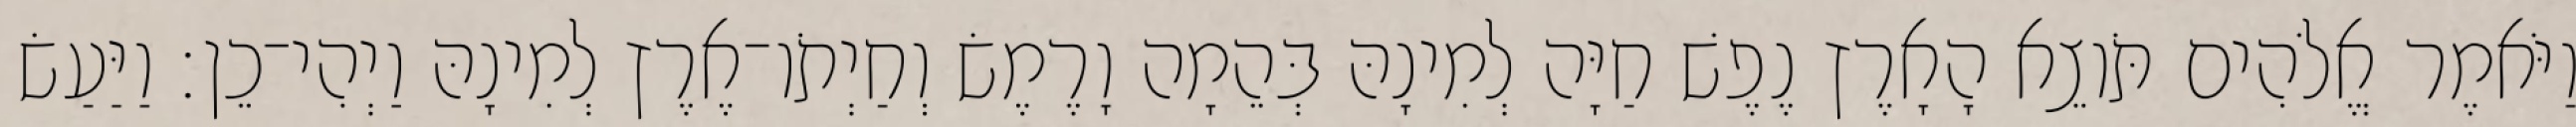
וַיֹּאמֶר אֱלֹהִים תֹּוצֵא הָאָרֶץ נֶפֶשׁ חַיָּה לְמִינָהּ בְּהֵמָה וָרֶמֶשׂ וְחַיְתֹו־אֶרֶץ לְמִינָהּ וַיְהִי־כֵן׃ וַיַּעַשׂ